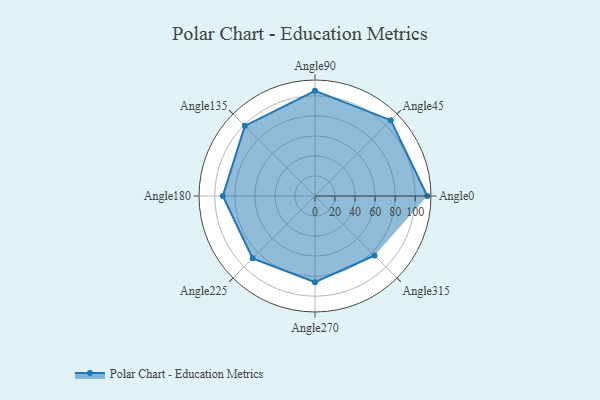
{"axis": {"x": "Angle", "y": "Radius"}, "legend": [""], "data": [{"x": "Angle0", "y": 112.0, "type": ""}, {"x": "Angle45", "y": 107.0, "type": ""}, {"x": "Angle90", "y": 105.0, "type": ""}, {"x": "Angle135", "y": 99.0, "type": ""}, {"x": "Angle180", "y": 92.0, "type": ""}, {"x": "Angle225", "y": 88.0, "type": ""}, {"x": "Angle270", "y": 86.0, "type": ""}, {"x": "Angle315", "y": 84.0, "type": ""}]}